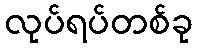
လုပ်ရပ်တစ်ခု